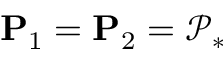
\mathbf { P } _ { 1 } = \mathbf { P } _ { 2 } = \mathcal { P } _ { * }